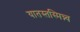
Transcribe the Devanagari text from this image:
यातस्तस्मिन्न्व